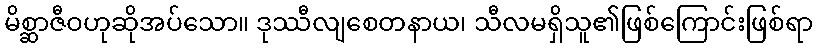
မိစ္ဆာဇီဝဟုဆိုအပ်သော။ ဒုဿီလျစေတနာယ၊ သီလမရှိသူ၏ဖြစ်ကြောင်းဖြစ်ရာ